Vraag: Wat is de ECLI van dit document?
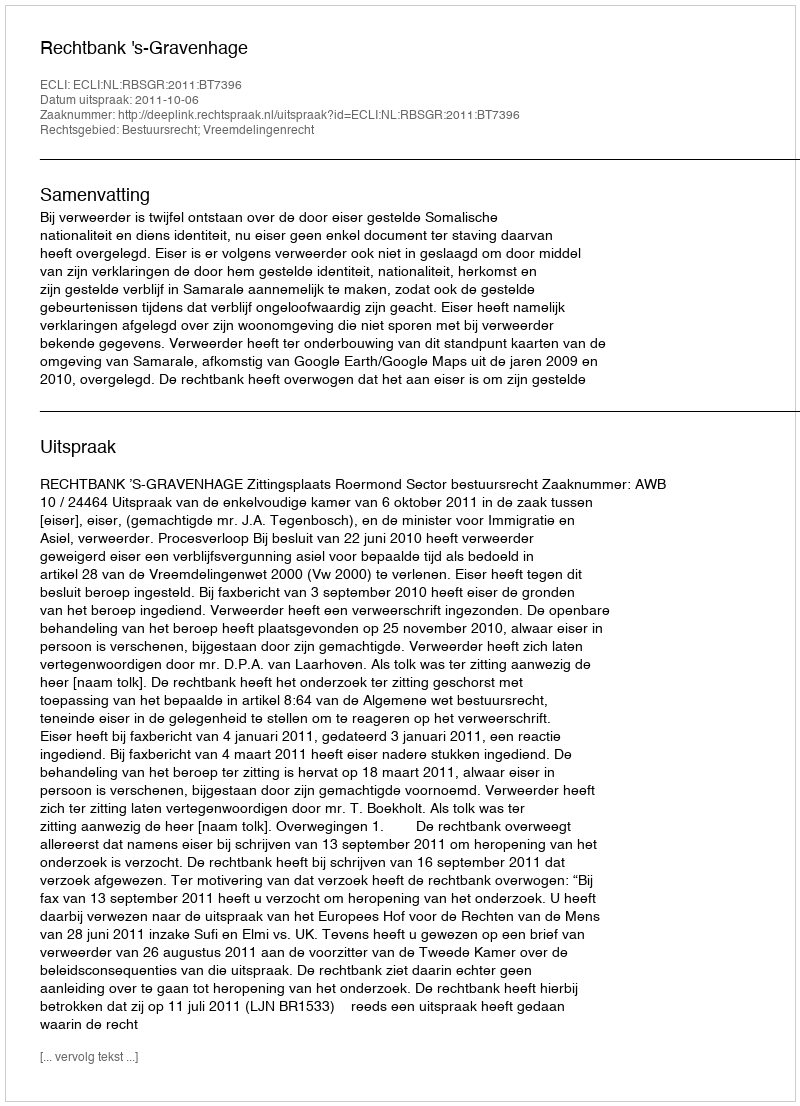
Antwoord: ECLI:NL:RBSGR:2011:BT7396